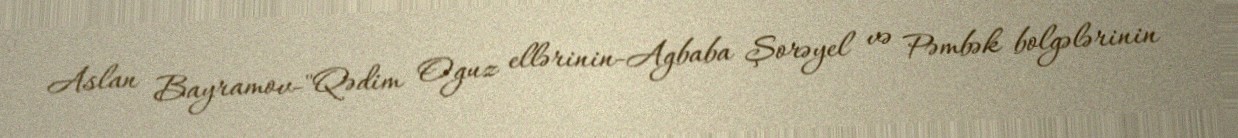
Aslan Bayramov-"Qədim Oguz ellərinin-Agbaba Şorəyel və Pəmbək bolgələrinin